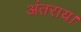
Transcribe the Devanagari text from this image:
अंतराय।